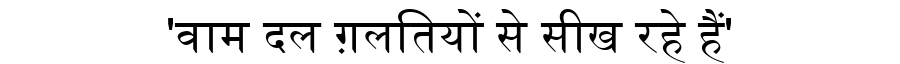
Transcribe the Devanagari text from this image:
'वाम दल ग़लतियों से सीख रहे हैं'